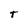
Character: t